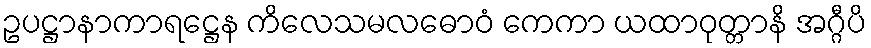
ဥပဋ္ဌာနာကာရဋ္ဌေန ကိလေသမလဓောဝံ ကေကာ ယထာဝုတ္တာနိ အဂ္ဂီပိ